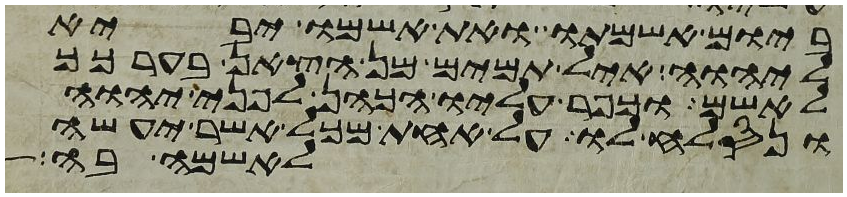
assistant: ביום אשמתו ואת אשמו יביא
ליהוה איל תמים מן הצאן בערכך
לאשם וכפר עליו הכהן לפני יהוה
ונסלח לו על אחת מכל אשר יעשה
לאשמה בה